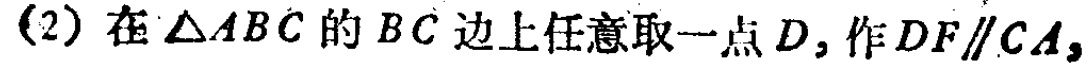
(2) 在\(\triangle ABC\)的\(BC\)边上任意取一点\(D\)，作\(DF\parallel CA\)，